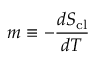
m \equiv - \frac { d S _ { \mathrm { c l } } } { d T }